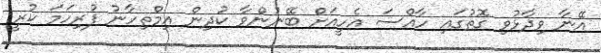
އޭނާ ވިދާޅުވި ގޮތުގައި ހާއްސަ އެހީއަށް ބޭނުންވާ ކުދިން އިމްތިހާނު ފުރިހަމަ ކުރީ